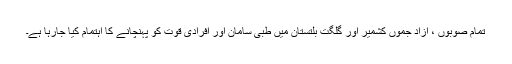
تمام صوبوں ، آزاد جموں کشمیر اور گلگت بلتستان میں طبی سامان اور افرادی قوت کو پہنچانے کا اہتمام کیا جارہا ہے۔